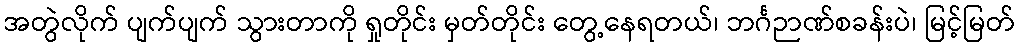
အတွဲလိုက် ပျက်ပျက် သွားတာကို ရှုတိုင်း မှတ်တိုင်း တွေ့နေရတယ်၊ ဘင်္ဂဉာဏ်စခန်းပဲ၊ မြင့်မြတ်